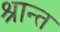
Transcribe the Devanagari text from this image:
श्रान्त